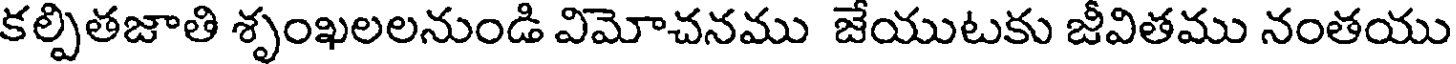
కల్పితజాతి శృంఖలలనుండి విమోచనము జేయుటకు జీవితము నంతయు